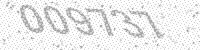
Solution: 009737